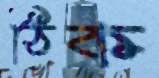
ঠিক